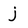
Character: j